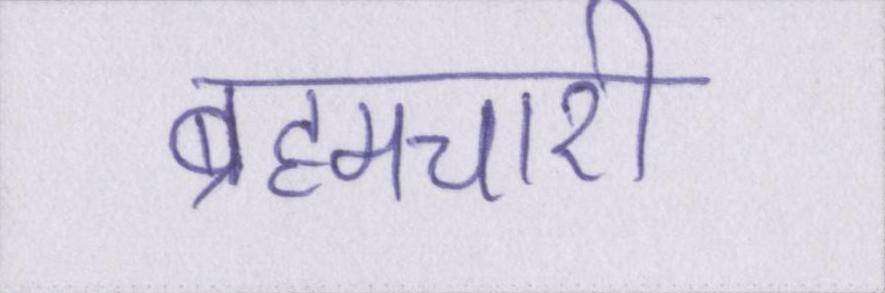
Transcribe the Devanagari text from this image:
ब्रह्मचारी